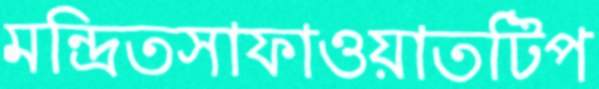
মন্দ্রিতসাফাওয়াতটিপ